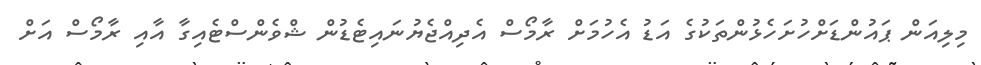
މިލިއަން ޕައުންޑަށްހުށަހެޅުންތަކުގެ އަޑު އެހުމަށް ރާމޯސް އެދިއްޖެޔުނައިޓެޑުން ޝްވެންސްޓެއިގާ އާއި ރާމޯސް އަށް